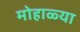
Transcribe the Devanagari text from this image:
मोहाळ्या